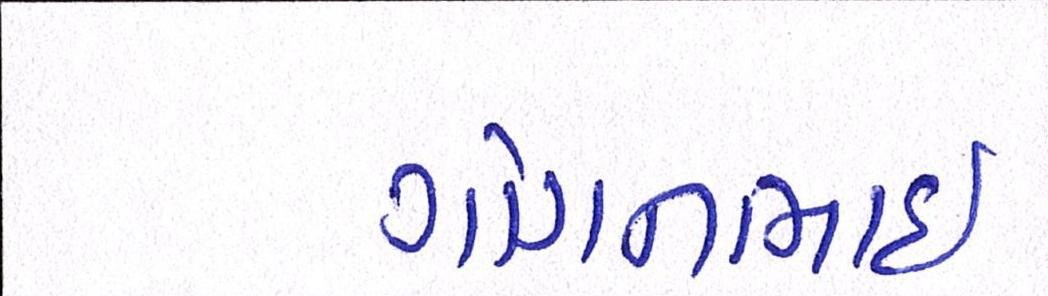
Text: ગોગનભાઇ